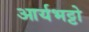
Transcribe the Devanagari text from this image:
आर्यभट्टो